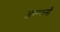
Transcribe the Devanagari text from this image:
अफगानाँं